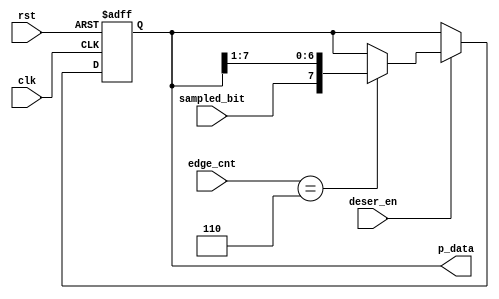
module deserializer(
  input wire clk,rst,
  input wire sampled_bit,deser_en,
  input wire [5:0] edge_cnt,
  output reg [7:0] p_data
  );


always@(posedge clk or negedge rst)begin
 if(!rst)
   p_data <= 8'd0;
  

  else if(deser_en)begin
    if(edge_cnt == 5'd6)begin
      p_data <= {sampled_bit,p_data[7:1]};
    end
   end 
end    

endmodule